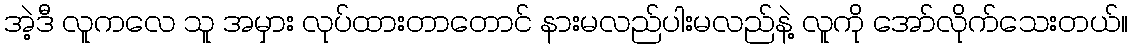
အဲ့ဒီ လူကလေ သူ အမှား လုပ်ထားတာတောင် နားမလည်ပါးမလည်နဲ့ လူကို အော်လိုက်သေးတယ်။